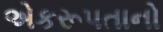
એકરૂપતાનો